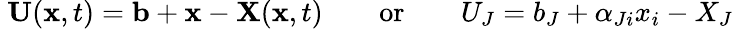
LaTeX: \ \mathbf{U}(\mathbf{x},t)=\mathbf{b}+\mathbf{x}-\mathbf{X}(\mathbf{x},t)\qquad{\mathrm{or}}\qquad U_{J}=b_{J}+\alpha_{Ji}x_{i}-X_{J}